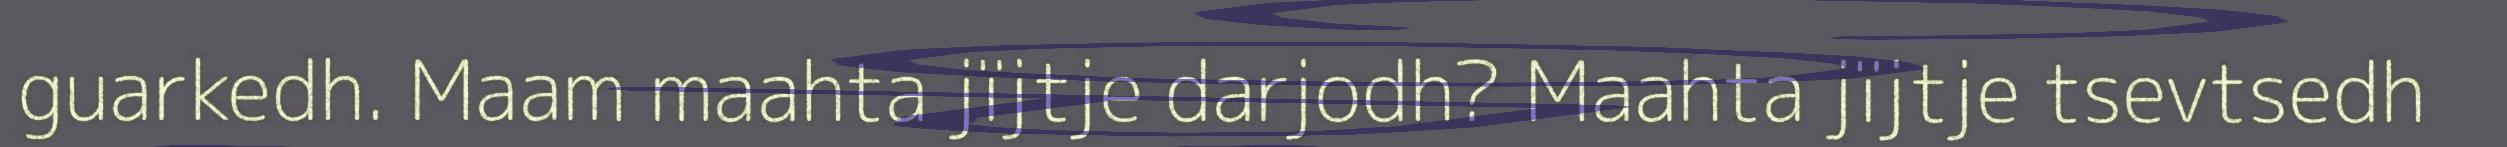
guarkedh. Maam maahta jïjtje darjodh? Maahta jïjtje tsevtsedh